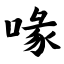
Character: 喙